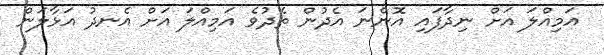
އަމިއްލަ އަށް ނިދާފައި އޮންނަ އެދުން ތެދުވެ އަމިއްލަ އަށް އެނދު އަޅާލަން